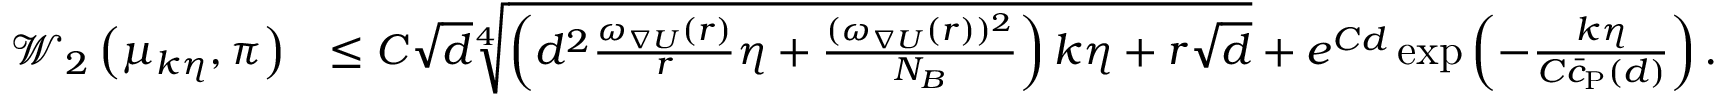
\begin{array} { r l } { \mathcal { W } _ { 2 } \left( \mu _ { k \eta } , \pi \right) } & { \le C \sqrt { d } \sqrt [ 4 ] { \left( d ^ { 2 } \frac { \omega _ { \nabla U } ( r ) } { r } \eta + \frac { ( \omega _ { \nabla U } ( r ) ) ^ { 2 } } { N _ { B } } \right) k \eta + r \sqrt { d } } + e ^ { C d } \exp \left( - \frac { k \eta } { C \Bar { c } _ { \mathrm { P } } ( d ) } \right) . } \end{array}